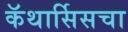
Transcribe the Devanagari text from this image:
कॅथार्सिसचा